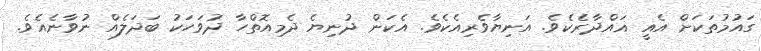
ގައުމުތަކަށް އެއީ ޣައްދާރެކެވެ. އަނިޔާވެރިއެކެވެ. އެކަން ދުނިޔެ ދެމިއޮތްހާ ދުވަހަކު ބަދަލެއް ނުވާނެއެވެ.